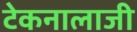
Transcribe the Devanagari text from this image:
टेकनालाजी